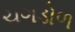
ચગડોળ